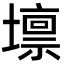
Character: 𡒄